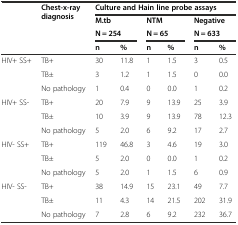
<table><thead><tr><td rowspan="3"></td><td rowspan="3"><b>Chest-x-ray diagnosis</b></td><td colspan="6"><b>Culture and Hain line probe assays</b></td></tr><tr><td colspan="2"><b>M.tb</b></td><td colspan="2"><b>NTM</b></td><td colspan="2"><b>Negative</b></td></tr><tr><td colspan="2"><b>N = 254</b></td><td colspan="2"><b>N = 65</b></td><td colspan="2"><b>N = 633</b></td></tr><tr><td></td><td></td><td><b>n</b></td><td><b>%</b></td><td><b>n</b></td><td><b>%</b></td><td><b>n</b></td><td><b>%</b></td></tr></thead><tbody><tr><td rowspan="3">HIV+ SS+</td><td>TB+</td><td>30</td><td>11.8</td><td>1</td><td>1.5</td><td>3</td><td>0.5</td></tr><tr><td>TB±</td><td>3</td><td>1.2</td><td>1</td><td>1.5</td><td>0</td><td>0.0</td></tr><tr><td>No pathology</td><td>1</td><td>0.4</td><td>0</td><td>0.0</td><td>1</td><td>0.2</td></tr><tr><td rowspan="3">HIV+ SS-</td><td>TB+</td><td>20</td><td>7.9</td><td>9</td><td>13.9</td><td>25</td><td>3.9</td></tr><tr><td>TB±</td><td>10</td><td>3.9</td><td>9</td><td>13.9</td><td>78</td><td>12.3</td></tr><tr><td>No pathology</td><td>5</td><td>2.0</td><td>6</td><td>9.2</td><td>17</td><td>2.7</td></tr><tr><td rowspan="3">HIV- SS+</td><td>TB+</td><td>119</td><td>46.8</td><td>3</td><td>4.6</td><td>19</td><td>3.0</td></tr><tr><td>TB±</td><td>5</td><td>2.0</td><td>0</td><td>0.0</td><td>1</td><td>0.2</td></tr><tr><td>No pathology</td><td>5</td><td>2.0</td><td>1</td><td>1.5</td><td>6</td><td>0.9</td></tr><tr><td rowspan="3">HIV- SS-</td><td>TB+</td><td>38</td><td>14.9</td><td>15</td><td>23.1</td><td>49</td><td>7.7</td></tr><tr><td>TB±</td><td>11</td><td>4.3</td><td>14</td><td>21.5</td><td>202</td><td>31.9</td></tr><tr><td>No pathology</td><td>7</td><td>2.8</td><td>6</td><td>9.2</td><td>232</td><td>36.7</td></tr></tbody></table>